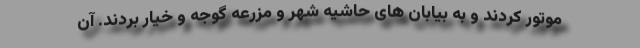
موتور کردند و به بیابان های حاشیه شهر و مزرعه گوجه و خیار بردند. آن